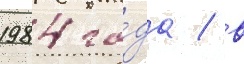
1984 го́да / в